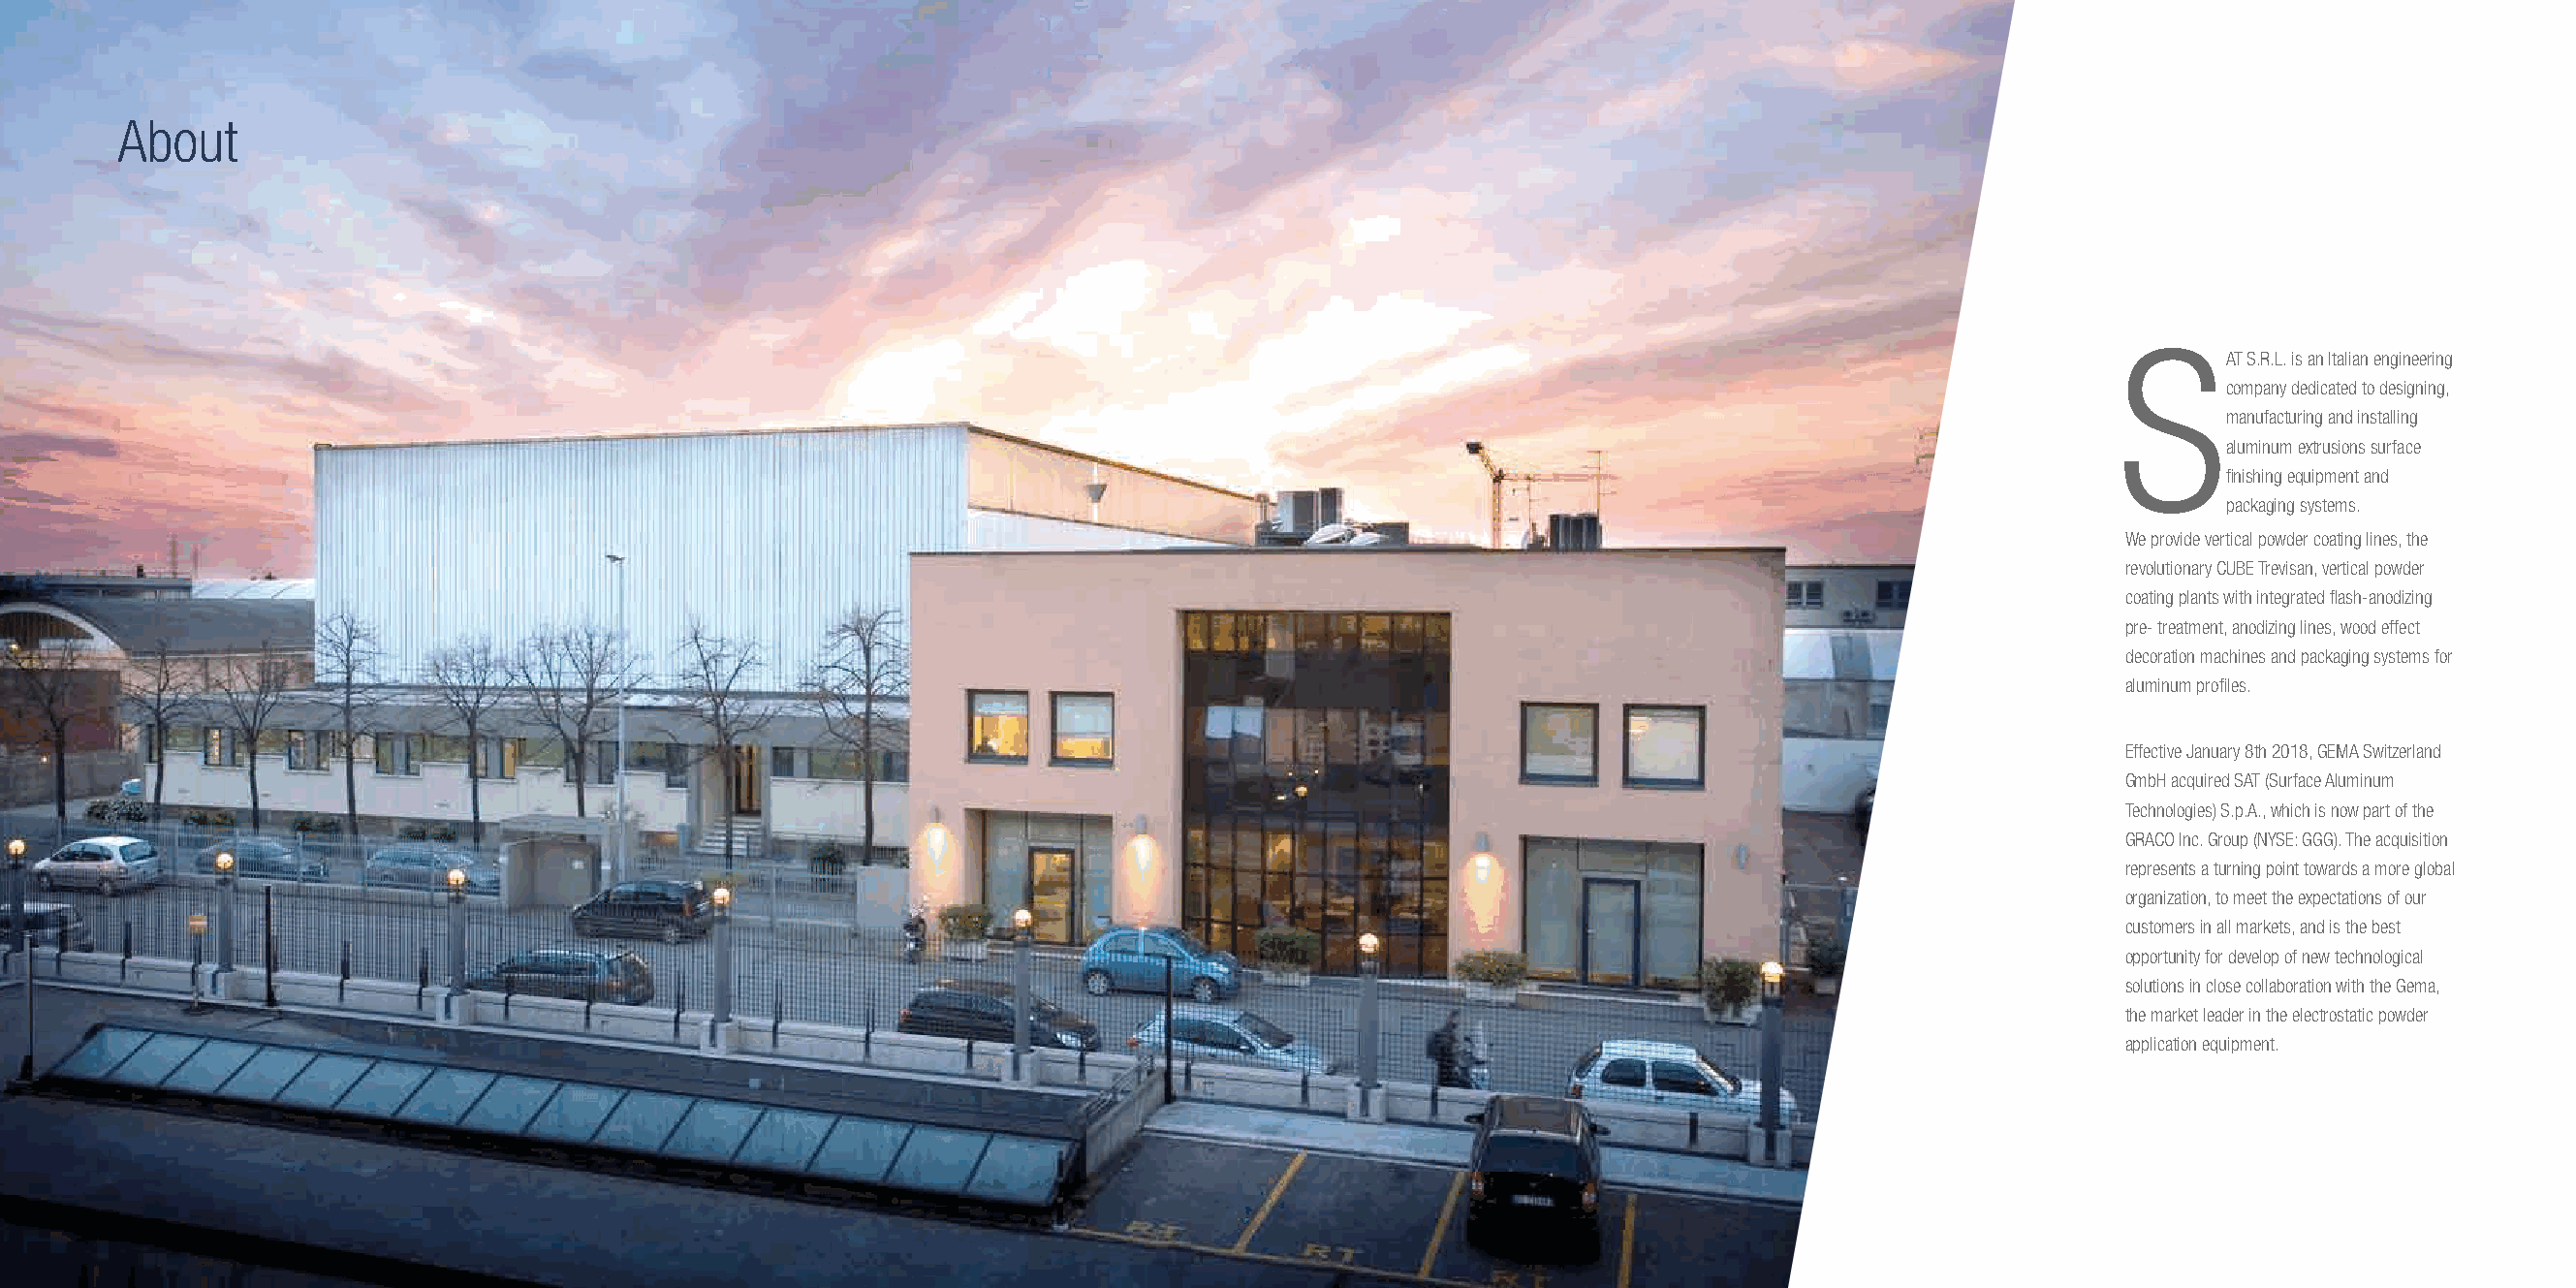
About
 AT S.R.L. is an Italian engineering
 company dedicated to designing,
 manufacturing and installing
 aluminum extrusions surface
 finishing equipment and
 packaging systems.
 We provide vertical powder coating lines, the
 revolutionary CUBE Trevisan, vertical powder
 coating plants with integrated flash-anodizing
 pre- treatment, anodizing lines, wood effect
 decoration machines and packaging systems for
 aluminum profiles.
 Effective January 8th 2018, GEMA Switzerland
 GmbH acquired SAT (Surface Aluminum
 Technologies) S.p.A., which is now part of the
 GRACO Inc. Group (NYSE: GGG). The acquisition
 represents a turning point towards a more global
 organization, to meet the expectations of our
 customers in all markets, and is the best
 opportunity for develop of new technological
 solutions in close collaboration with the Gema,
 the market leader in the electrostatic powder
 application equipment.